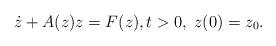
LaTeX: \begin{align*} \dot{z} +A(z) z = F(z),t>0,\; z(0)=z_0.\end{align*}